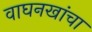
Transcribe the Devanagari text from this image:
वाघनखांचा